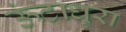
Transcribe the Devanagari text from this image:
ऊंटाधुरा